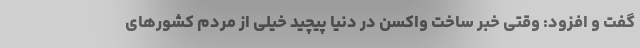
گفت و افزود: وقتی خبر ساخت واکسن در دنیا پیچید خیلی از مردم کشورهای